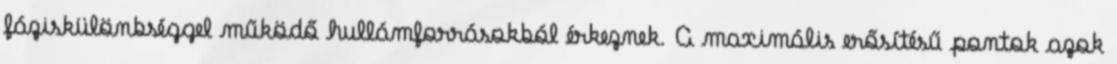
fáziskülönbséggel működő hullámforrásokból érkeznek. A maximális erősítésű pontok azok